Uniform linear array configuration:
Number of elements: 16
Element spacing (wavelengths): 0.5
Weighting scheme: blackman
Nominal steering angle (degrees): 60
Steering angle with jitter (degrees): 58.547
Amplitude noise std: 0.05
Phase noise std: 0.05

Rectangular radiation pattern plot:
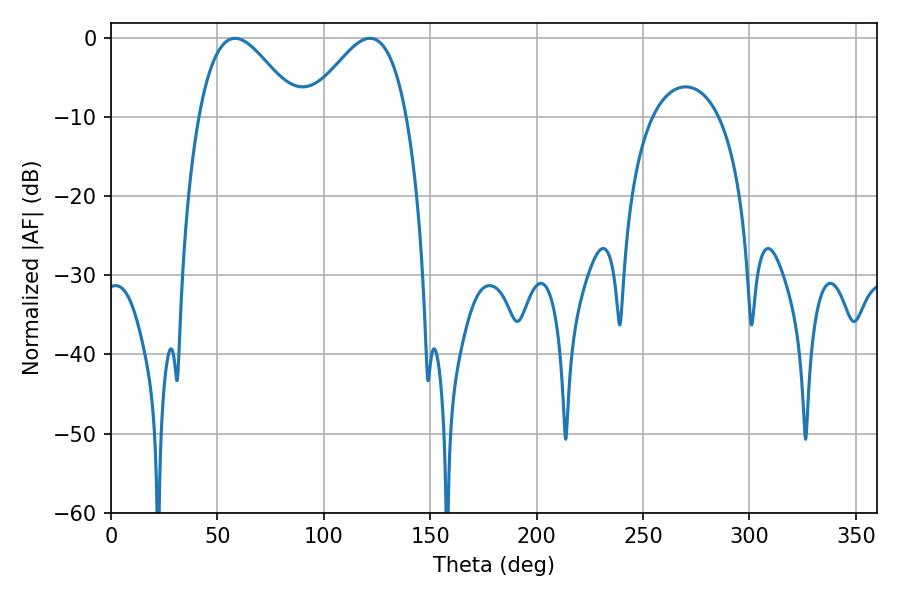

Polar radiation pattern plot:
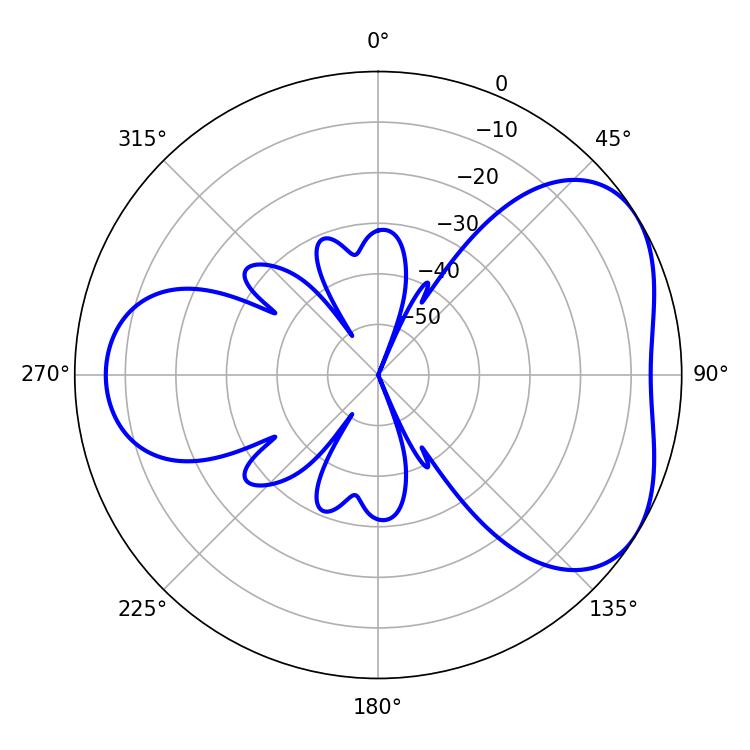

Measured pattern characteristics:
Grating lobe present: FALSE
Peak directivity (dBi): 4.402
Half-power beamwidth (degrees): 25.02
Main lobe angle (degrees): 121.68